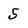
Character: 5